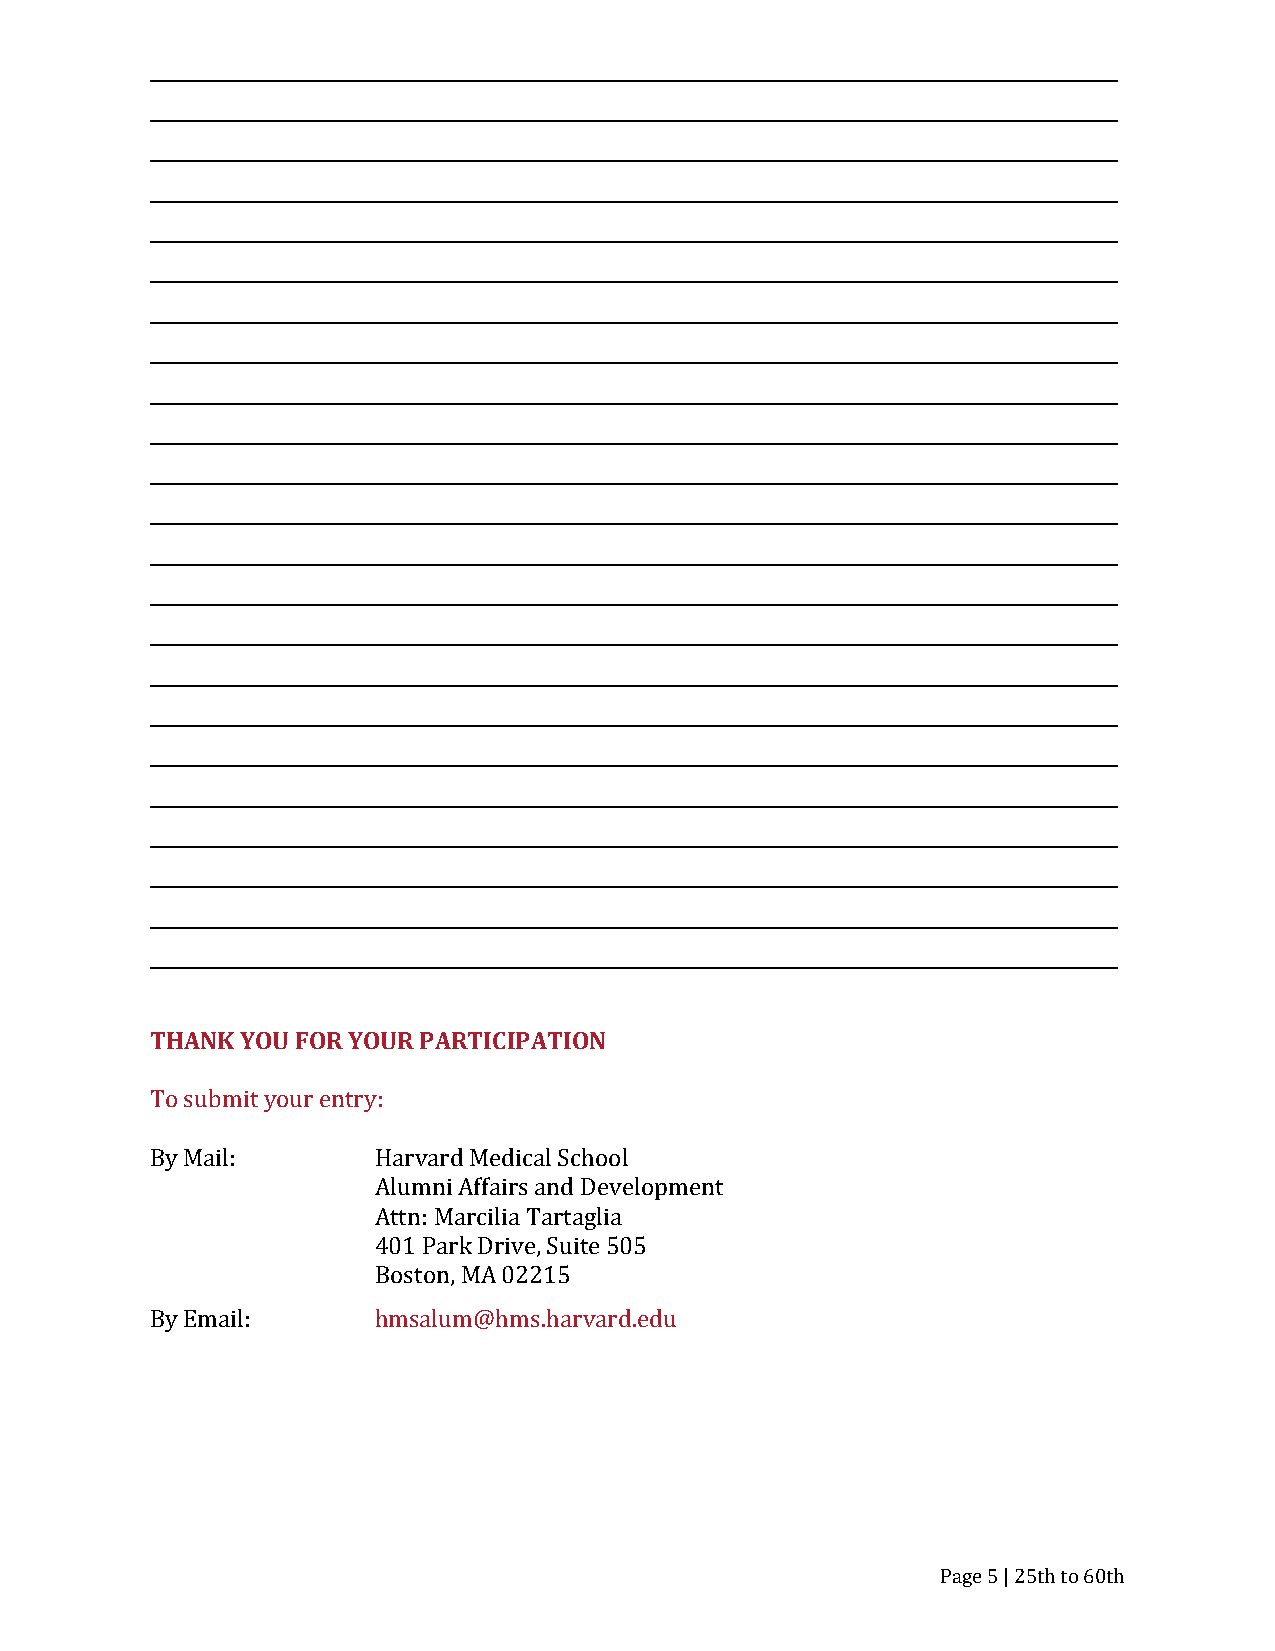
__________________________________________________________________________________________________________________
 __________________________________________________________________________________________________________________
 __________________________________________________________________________________________________________________
 __________________________________________________________________________________________________________________
 __________________________________________________________________________________________________________________
 __________________________________________________________________________________________________________________
 __________________________________________________________________________________________________________________
 __________________________________________________________________________________________________________________
 __________________________________________________________________________________________________________________
 __________________________________________________________________________________________________________________
 __________________________________________________________________________________________________________________
 __________________________________________________________________________________________________________________
 __________________________________________________________________________________________________________________
 __________________________________________________________________________________________________________________
 __________________________________________________________________________________________________________________
 __________________________________________________________________________________________________________________
 __________________________________________________________________________________________________________________
 __________________________________________________________________________________________________________________
 __________________________________________________________________________________________________________________
 __________________________________________________________________________________________________________________
 __________________________________________________________________________________________________________________
 __________________________________________________________________________________________________________________
 __________________________________________________________________________________________________________________
 THANK YOU FOR YOUR PARTICIPATION
 To submit your entry:
 By Mail:       Harvard Medical School
 Alumni Affairs and Development
 Attn: Marcilia Tartaglia
 401 Park Drive, Suite 505
 Boston, MA 02215
 By Email:      hmsalum@hms.harvard.edu
 Page 5 | 25th to 60th